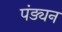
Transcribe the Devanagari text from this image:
पंड्यन